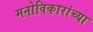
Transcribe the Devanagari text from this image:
मनोविकारांच्या